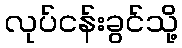
လုပ်ငန်းခွင်သို့